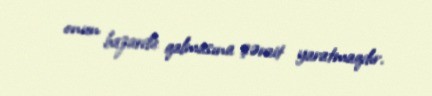
onun bazarda qalmasına şərait yaratmaqdır.